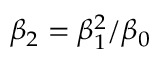
\beta _ { 2 } = \beta _ { 1 } ^ { 2 } / \beta _ { 0 }